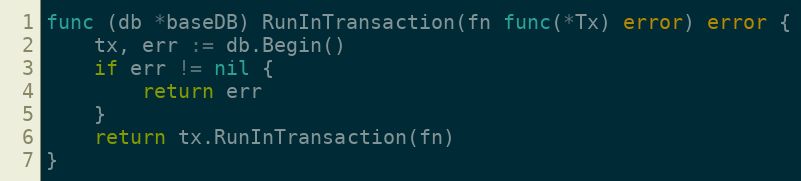
Language: Go
func (db *baseDB) RunInTransaction(fn func(*Tx) error) error {
	tx, err := db.Begin()
	if err != nil {
		return err
	}
	return tx.RunInTransaction(fn)
}